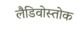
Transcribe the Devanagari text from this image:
लैडिवोस्तोक